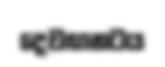
දෙවඟනටය